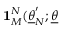
\mathbf { 1 } _ { M } ^ { N } ( \underline { { { \theta } } } _ { N } ^ { \prime } ; \underline { { { \theta } } }